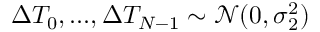
\Delta T _ { 0 } , . . . , \Delta T _ { N - 1 } \sim \mathcal { N } ( 0 , \sigma _ { 2 } ^ { 2 } )